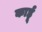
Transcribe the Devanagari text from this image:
कार्हू